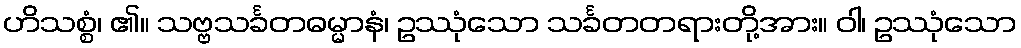
ဟိသစ္စံ၊ ၏။ သဗ္ဗသင်္ခတဓမ္မာနံ၊ ဥဿုံသော သင်္ခတတရားတို့အား။ ဝါ၊ ဥဿုံသော